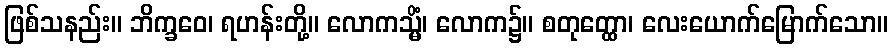
ဖြစ်သနည်း။ ဘိက္ခဝေ၊ ရဟန်းတို့။ လောကသ္မိံ၊ လောက၌။ စတုတ္ထော၊ လေးယောက်မြောက်သော။